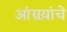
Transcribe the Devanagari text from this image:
आंग्रय़ांचे